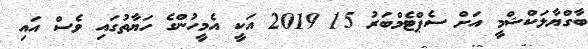
ބާގްޔާލަކްޝްމީ އަށް ސެޕްޓެމްބަރު 15 2019 އަކީ އެމީހުންގެ ހަޔާތުގައި ވެސް އައި